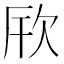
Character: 𪴪